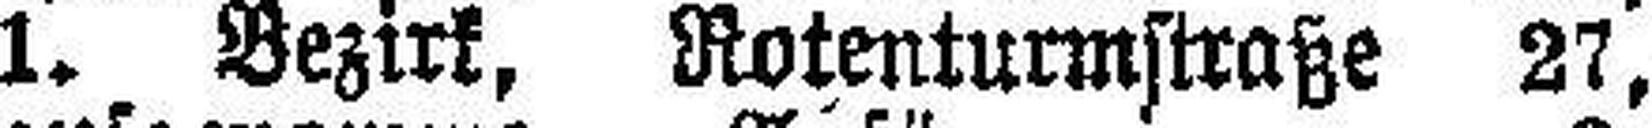
1. Bezirk, Rotenturmstraße 27,